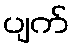
ပျက်